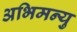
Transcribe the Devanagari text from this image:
अभिमन्‍यु